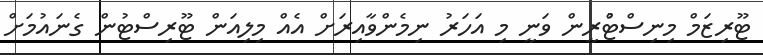
ޓޫރިޒަމް މިނިސްޓުްރީން ވަނީ މި އަހަރު ނިމެންވާއިރަށް އެއް މިލިއަން ޓޫރިސްޓުން ގެނައުމަށް